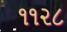
૧૧૨૮